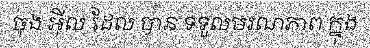
ចុង អ៊ីល ដែល បាន ទទួលមរណភាព ក្នុង